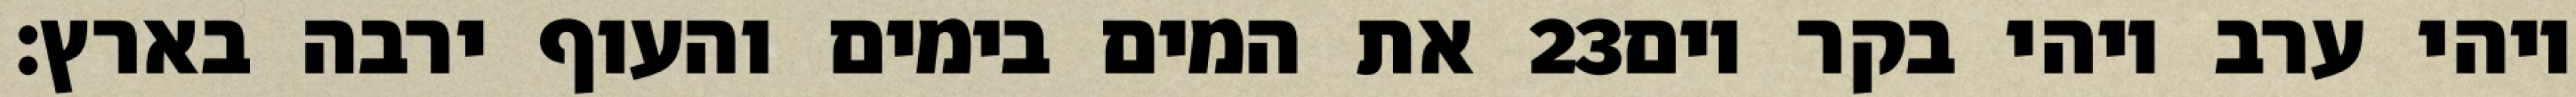
את המים בימים והעוף ירבה בארץ׃ ‎23‏ ויהי ערב ויהי בקר יום